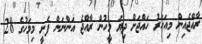
ރާއްޖެއިން މިއަހަރު ހައްޖަށް ދިޔަ މީހުން ރާއްޖެ އަންނަން ފެށީ މިމަހުގެ 28